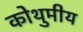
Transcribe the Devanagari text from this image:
कोथुमीय